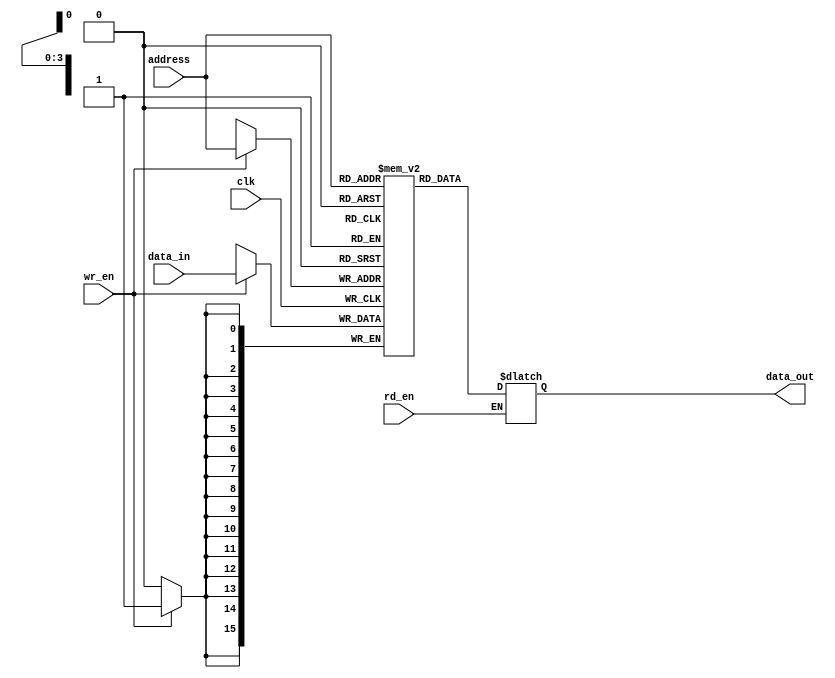
`timescale 1ns / 1ns
module RAM(clk, data_in, wr_en, rd_en, address, data_out);
    input clk;
    input [15:0] data_in;
    input wr_en;
    input rd_en;
    input [3:0] address;
    output reg [15:0] data_out;

    reg [15:0] memory [15:0];
    integer i, j;
    
    initial
    begin
        for(i = 0; i < 16; i = i + 1)
            memory[i] <= 16'b0;
        memory[0] <= 770;
        memory[1] <= 1029; 
        // INSTRUCTIONS:
        memory[2] <= 16'b000_0000_001_010_101;
        memory[3] <= 16'b000_1000_011_110_111;

    end

    always @(posedge clk)
    begin
        if(wr_en)
            memory[address] <= data_in;
    end

    always @(*)
    begin
        if(rd_en)
            data_out <= memory[address];
    end
endmodule